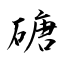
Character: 磄